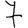
Digit: 7